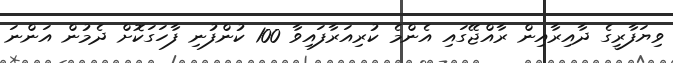
ވިޔަފާރީގެ ދާއިރާއިން ރާއްޖޭގައި އެންމެ ކުރިއަރާފައިވާ 100 ކުންފުނި ފާހަގަކޮށް ދެމުން އަންނަ